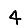
Digit: 4